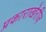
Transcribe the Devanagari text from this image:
प्रकाराखेरीज